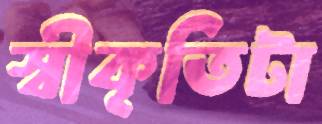
স্বীকৃতিটা